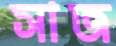
সাজ